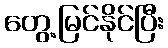
တွေ့မြင်နိုင်ပြီး